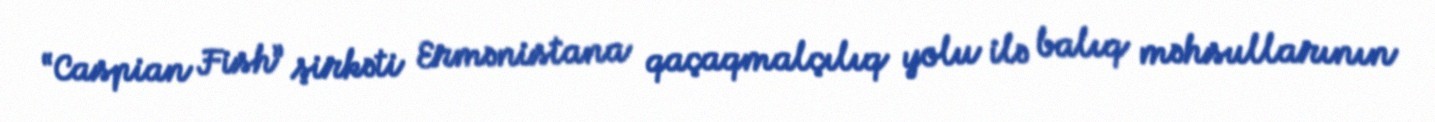
“Caspian Fish” şirkəti Ermənistana qaçaqmalçılıq yolu ilə balıq məhsullarının